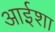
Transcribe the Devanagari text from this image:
आईशा